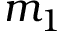
m _ { 1 }